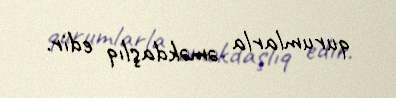
qurumlarla əməkdaşlıq edir.